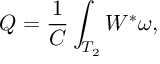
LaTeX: Q = \frac { 1 } { C } \int _ { T _ { 2 } } W ^ { * } \omega ,